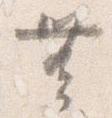
無